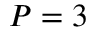
P = 3